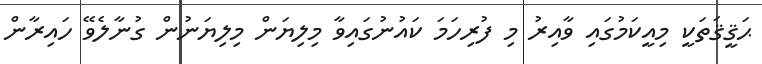
ޙަޤީޤަތަކީ މިއީކަމުގައި ވާއިރު މި ފުރިހަމަ ކައުނުގައިވާ މިލިޔަން މިލިޔަނުން ގުނާލެވޭ ހައިރާން